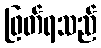
ဖြတ်ရသည်